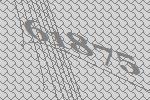
61875